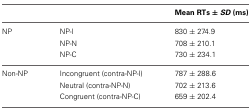
<table><thead><tr><td></td><td></td><td><b>Mean RTs ± <i>SD</i> (ms)</b></td></tr></thead><tbody><tr><td>NP</td><td>NP-I</td><td>830 ± 274.9</td></tr><tr><td></td><td>NP-N</td><td>708 ± 210.1</td></tr><tr><td></td><td>NP-C</td><td>730 ± 234.1</td></tr><tr><td>Non-NP</td><td>Incongruent (contra-NP-I)</td><td>787 ± 288.6</td></tr><tr><td></td><td>Neutral (contra-NP-N)</td><td>702 ± 213.6</td></tr><tr><td></td><td>Congruent (contra-NP-C)</td><td>659 ± 202.4</td></tr></tbody></table>